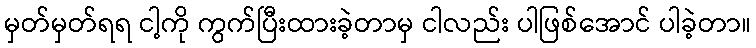
မှတ်မှတ်ရရ ငါ့ကို ကွက်ပြီးထားခဲ့တာမှ ငါလည်း ပါဖြစ်အောင် ပါခဲ့တာ။